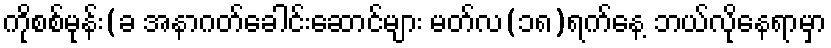
ကိုစစ်မုန်း(ခ အနာဂတ်ခေါင်းဆောင်များ မတ်လ(၁၈)ရက်နေ့ ဘယ်လိုနေရာမှာ